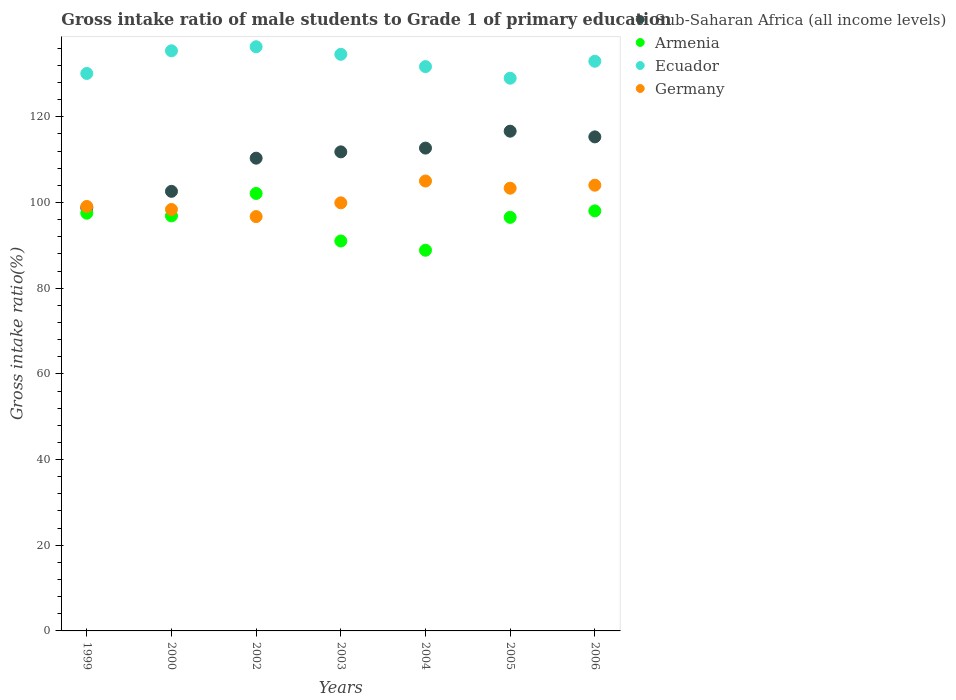
| Years | Sub-Saharan Africa (all income levels) | Armenia | Ecuador | Germany |
 | --- | --- | --- | --- | --- |
 | 1999 | 98.8 | 97.5 | 130 | 99.1 |
 | 2000 | 103 | 96.9 | 135 | 98.4 |
 | 2002 | 110 | 102 | 136 | 96.7 |
 | 2003 | 112 | 91 | 135 | 99.9 |
 | 2004 | 113 | 88.9 | 132 | 105 |
 | 2005 | 117 | 96.5 | 129 | 103 |
 | 2006 | 115 | 98.1 | 133 | 104 |